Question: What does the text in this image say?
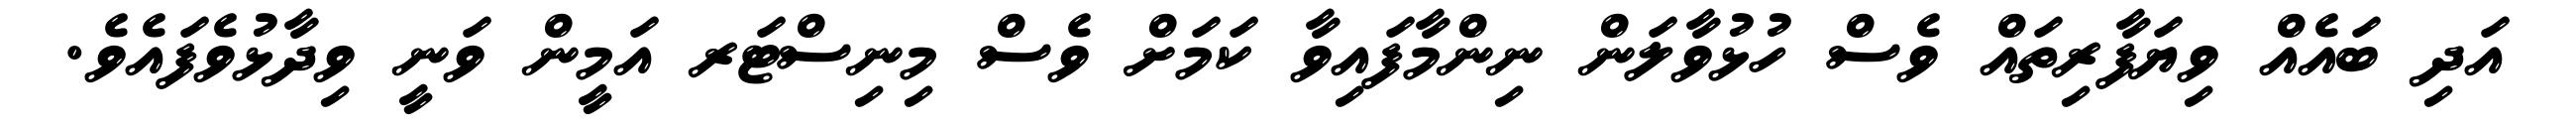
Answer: އަދި ބައެއް ވިޔަފާރިތައް ވެސް ހުޅުވާލަން ނިންމާފައިވާ ކަމަށް ވެސް މިނިސްޓަރ އަމީން ވަނީ ވިދާޅުވެފައެވެ.